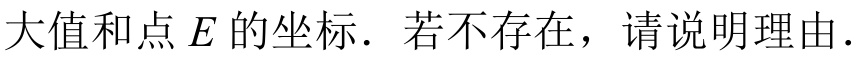
大值和点\(E\)的坐标．若不存在，请说明理由．